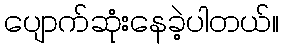
ပျောက်ဆုံးနေခဲ့ပါတယ်။